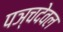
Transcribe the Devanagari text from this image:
पञ्चदेवल